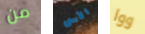
من الأسى ووا